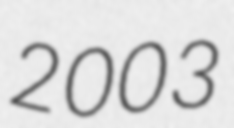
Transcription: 2003